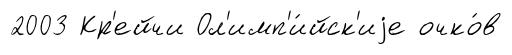
2003 Кр'ейчи Ол'имп'и́йск'иjе очко́в